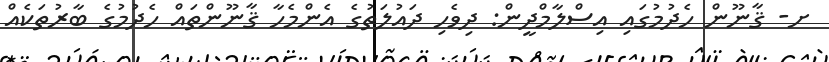
ށ- ޤާނޫން ހެދުމުގައި އިސްލާމްދީން: ދިވެހި ދައުލަތުގެ އެންމެހާ ޤާނޫންތައް ހެދުމުގެ ބާރުތަކެއް